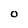
Character: O